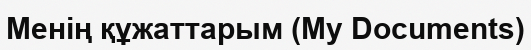
Менің құжаттарым (My Documents)